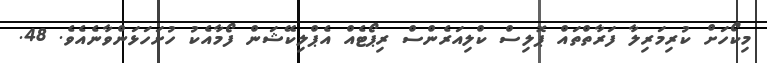
މިކޯހަށް ކުރިމަރިލާ ފަރާތްތައް ޕޮލިސް ކްލިއަރެންސް ރިޕޯޓެއް އެޕްލިކޭޝަން ފޯމާއެކު ހުށަހަޅަންވާނެއެވެ. 48.